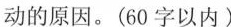
动的原因。(60字以内)